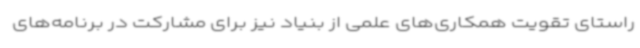
راستای تقویت همکاری‌های علمی از بنیاد نیز برای مشارکت در برنامه‌های